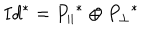
I d ^ { * } = { P _ { \parallel } } ^ { * } \oplus { P _ { \perp } } ^ { * }